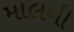
માલની